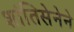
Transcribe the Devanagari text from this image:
शांतिसेनेने